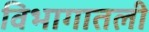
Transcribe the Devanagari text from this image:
विभागातली